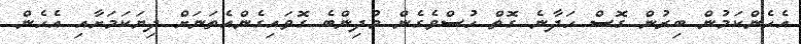
އެހެންކަމުން ބިރުން ގޮސް ހަދާނެ ގޮތް ހުސްވެގެން މުދިންބެ ގޮވައިގެންއެތަނަށް ދިޔަކަމަށާއި އެހެން